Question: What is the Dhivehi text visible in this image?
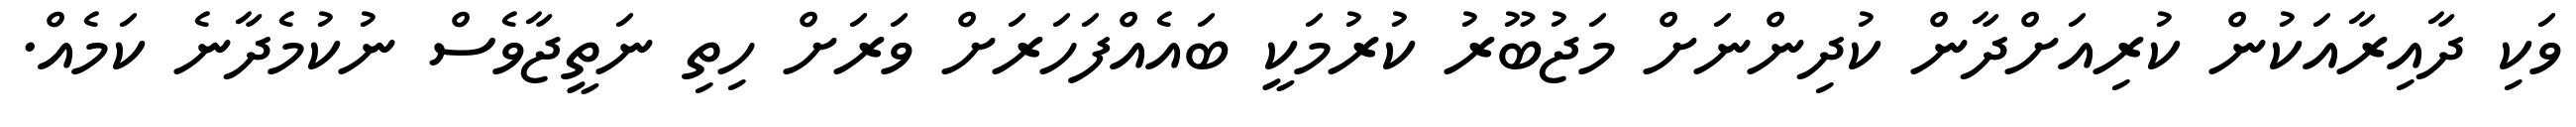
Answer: ވަކި ދާއިރާއަކުން ކުރިއަށްދާން ކުދިންނަށް މަޖުބޫރު ކުރުމަކީ ބައެއްފަހަރަށް ވަރަށް ހިތި ނަތީޖާވެސް ނުކުމެދާނެ ކަމެއް.